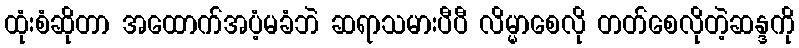
ထုံးစံဆိုတာ အထောက်အပံ့မခံဘဲ ဆရာသမားပီပီ လိမ္မာစေလို တတ်စေလိုတဲ့ဆန္ဒကို